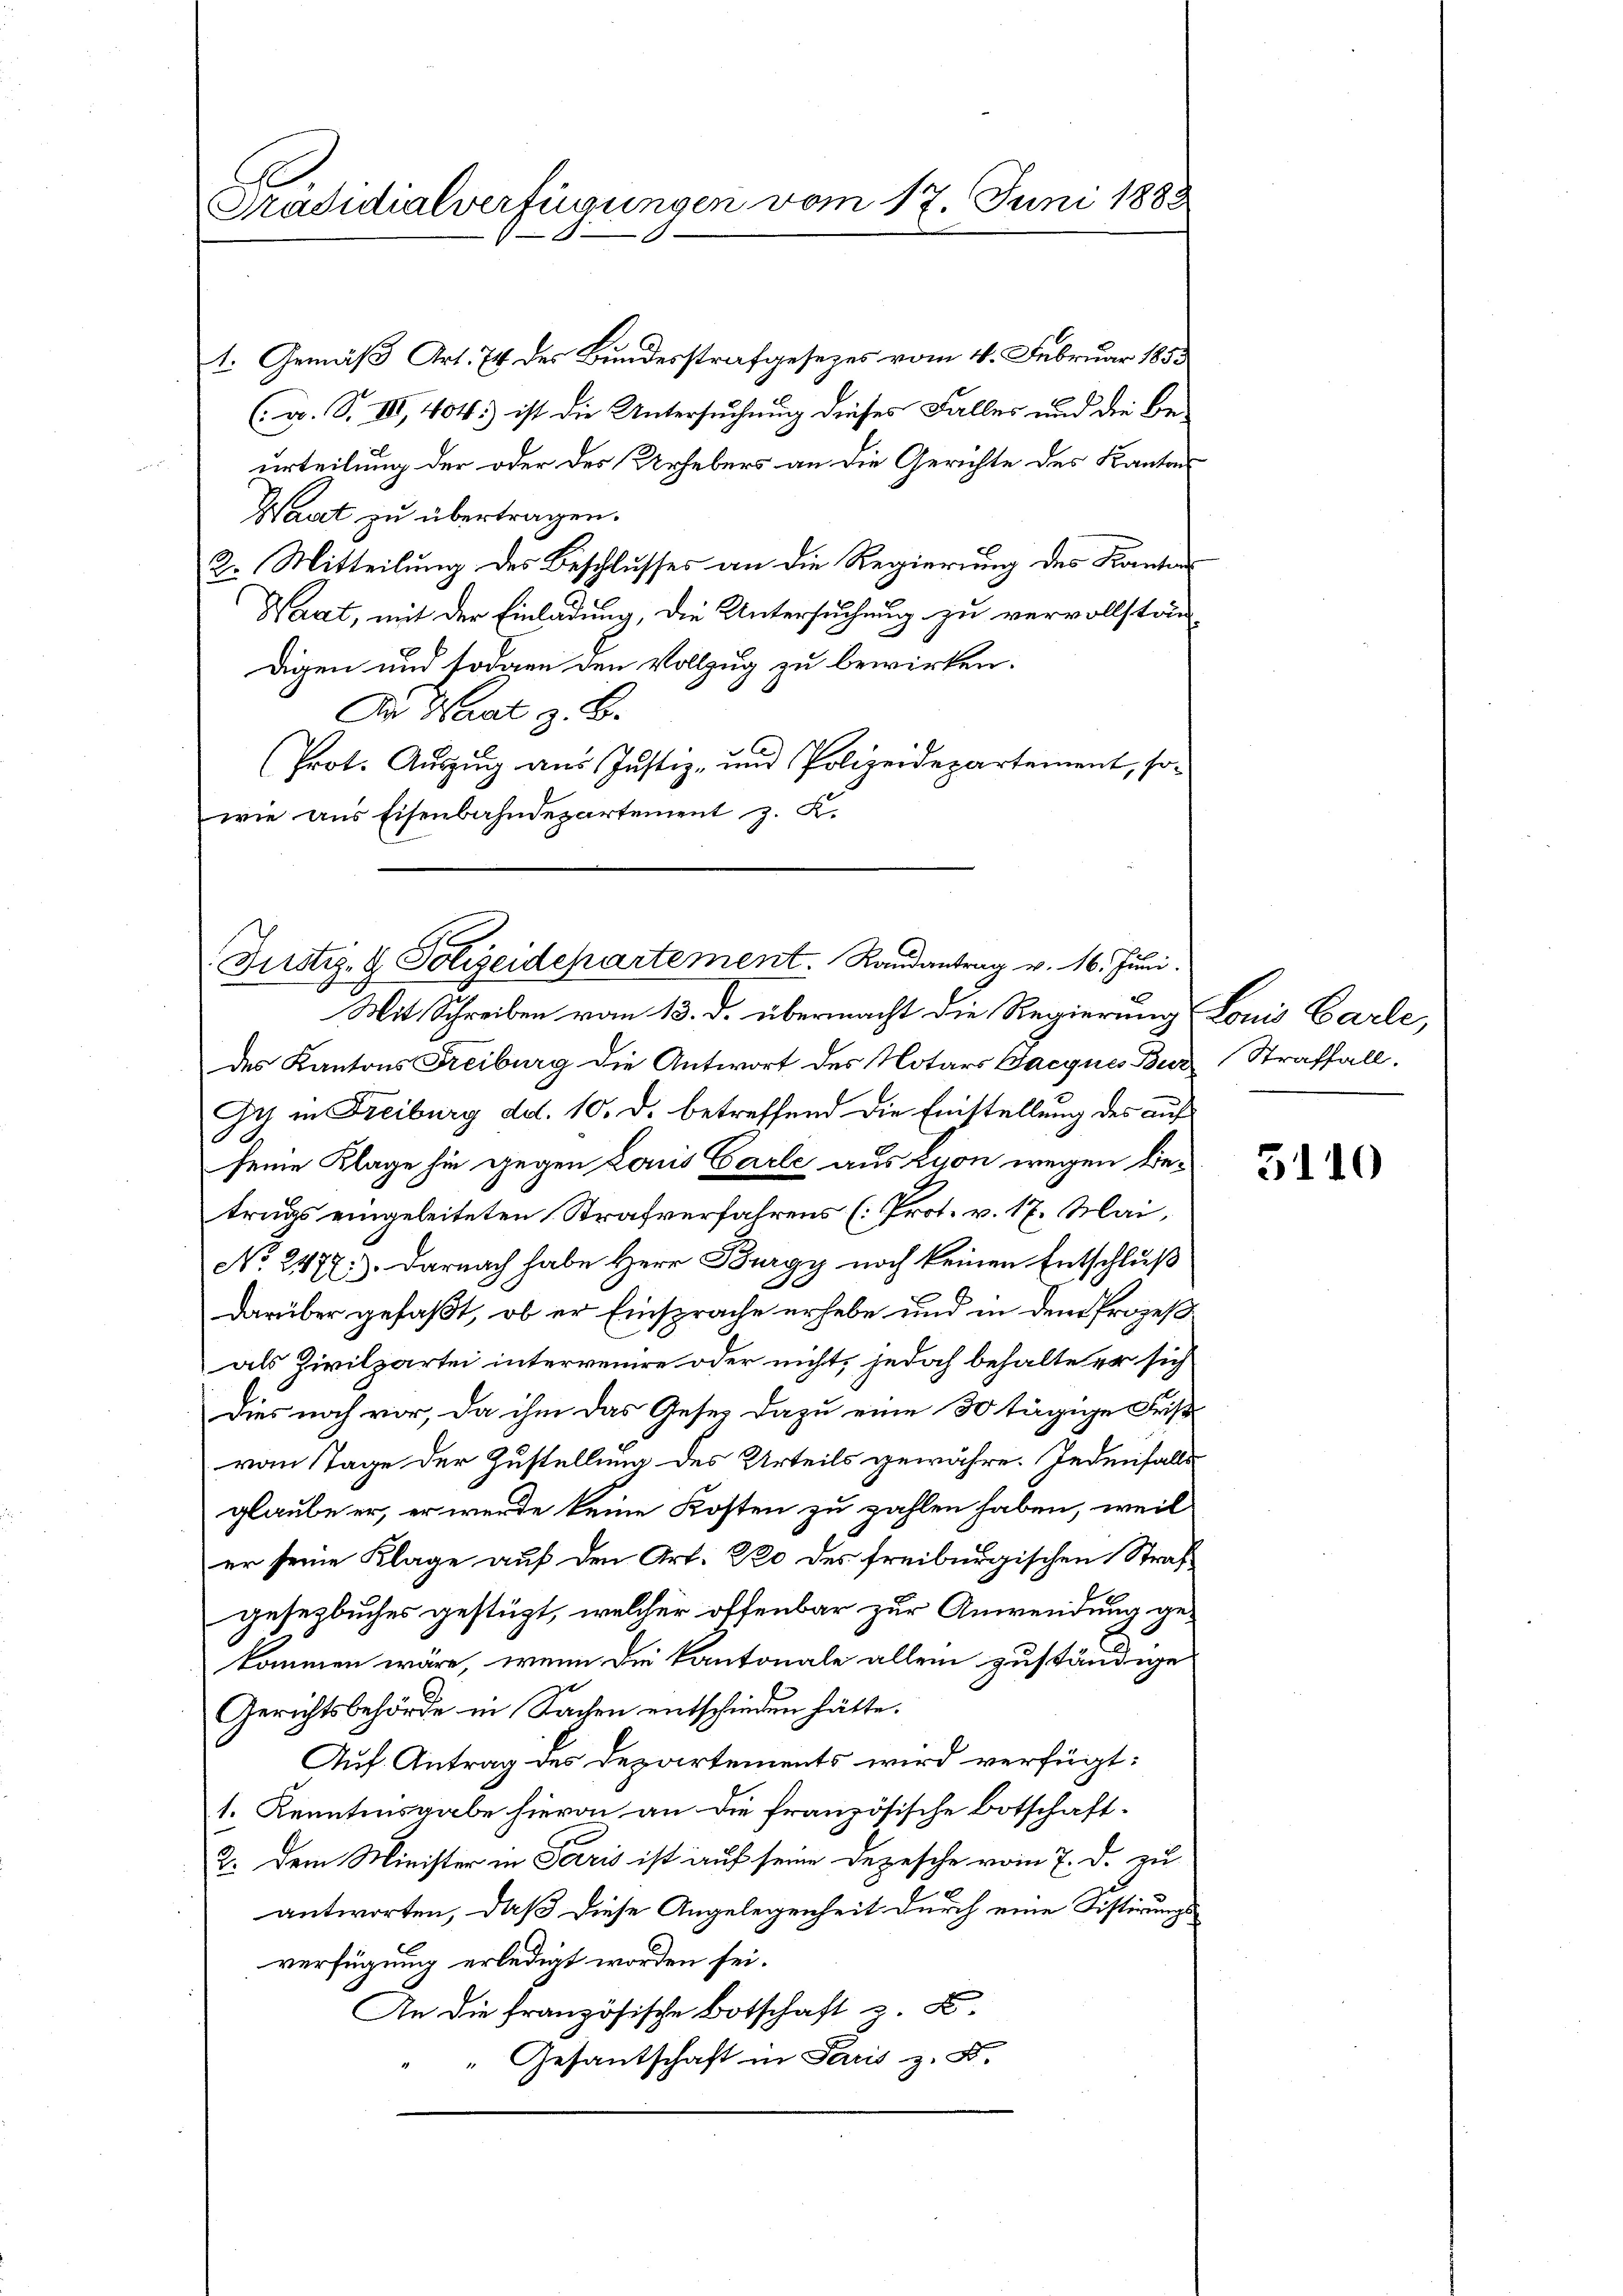
Präsidialverfügungen vom 17. Juni 1882

Justiz- & Polizeidepartement. Randantrag v. 16. Juni.
Mit Schreiben vom 13. d. übermacht die Regierung Louis Carle,

1. Gemäß Art. 74 des Bundesstrafgesezes vom 4. Februar 1853
(v. S. III, 404. ist die Untersuchung dieses Falles und die Beurteilung der oder des Urhebers an die Gerichte des Kanton
Waat zu übertragen.
2. Mitteilung des Beschlusses an die Regierung des Kantons
Wart, mit der Einladung, die Untersuchung zu vervollstän-
digen und sodann den Vollzug zu bewirken.
In Hast z. B.
Prot. Auszug aus Justiz- und Polizeidepartement, so-
wie aus Eisenbahndepartement z. K.

des Kantons Freiburg die Antwort des Notars Gacgnes Bur Straffall.
Gy in Freiburg dd. 10. d. betreffend die Einstellung des auf
seine Klage hin gegen Louis Carle aus Lyon wegen Betrugs eingeleiteten Strafverfahrens (Prot. v. 17. Mai,
No. 2477). Darnach habe Herr Burgy noch keinen Entschluß
darüber gefaßt, ob er Einsprache erhebe und in dem Prozeß
als Zivilpartei intervenire oder nicht, jedoch behalte er sich
Dies noch vor, da ihm das Geses dazu eine 30 tägige Fris
von Tage der Zustellung des Urteils gewähre. Jedenfalls
glaube er, er werde keine Kosten zu zahlen haben, weil
er seine Klage auf den Art. 220 des freiburgischen Straf
gesetzbuches gestüzt, welcher offenbar zur Anwendung gekommen wäre, wenn die Kantonale allein zuständige
Gerichtsbehörde in Sachen entschieden hätte.
Auf Antrag des Departements wird verfügt:
1. Kenntinsgabe hievon an die französische Botschaft-
2. Dem Minister in Paris ist auf seine Depesche vom 7. d. zu
antworten, daß diese Angelegenheit durch eine Distirungsverfügung erledigt worden sei.
An die französische Botschaft z. B.
" Gesantschaft in Paris z. B.

3110